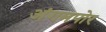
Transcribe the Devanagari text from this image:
अंगमपोर